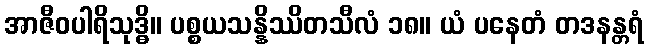
အာဇီဝပါရိသုဒ္ဓိ။ ပစ္စယသန္နိဿိတသီလံ ၁၈။ ယံ ပနေတံ တဒနန္တရံ